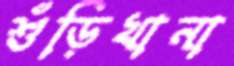
শুঁড়িখানা